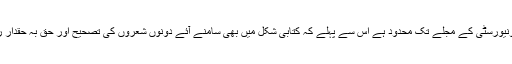
یہ مقالہ ابھی تک کراچی یونیورسٹی کے مجلے تک محدود ہے اس سے پہلے کہ کتابی شکل میں بھی سامنے آئے دونوں شعروں کی تصحیح اور حق بہ حقدار رسید کا فریضہ ادا کر دوں۔